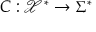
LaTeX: C : { \mathcal { X } } ^ { * } \rightarrow \Sigma ^ { * }